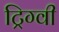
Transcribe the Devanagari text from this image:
ट्रिग्वी